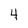
Character: 4